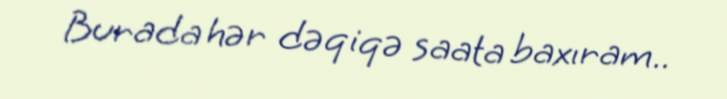
Burada hər dəqiqə saata baxıram..